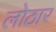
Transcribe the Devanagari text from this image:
लोठार